Kihnu_vallavalitsus, lk 10
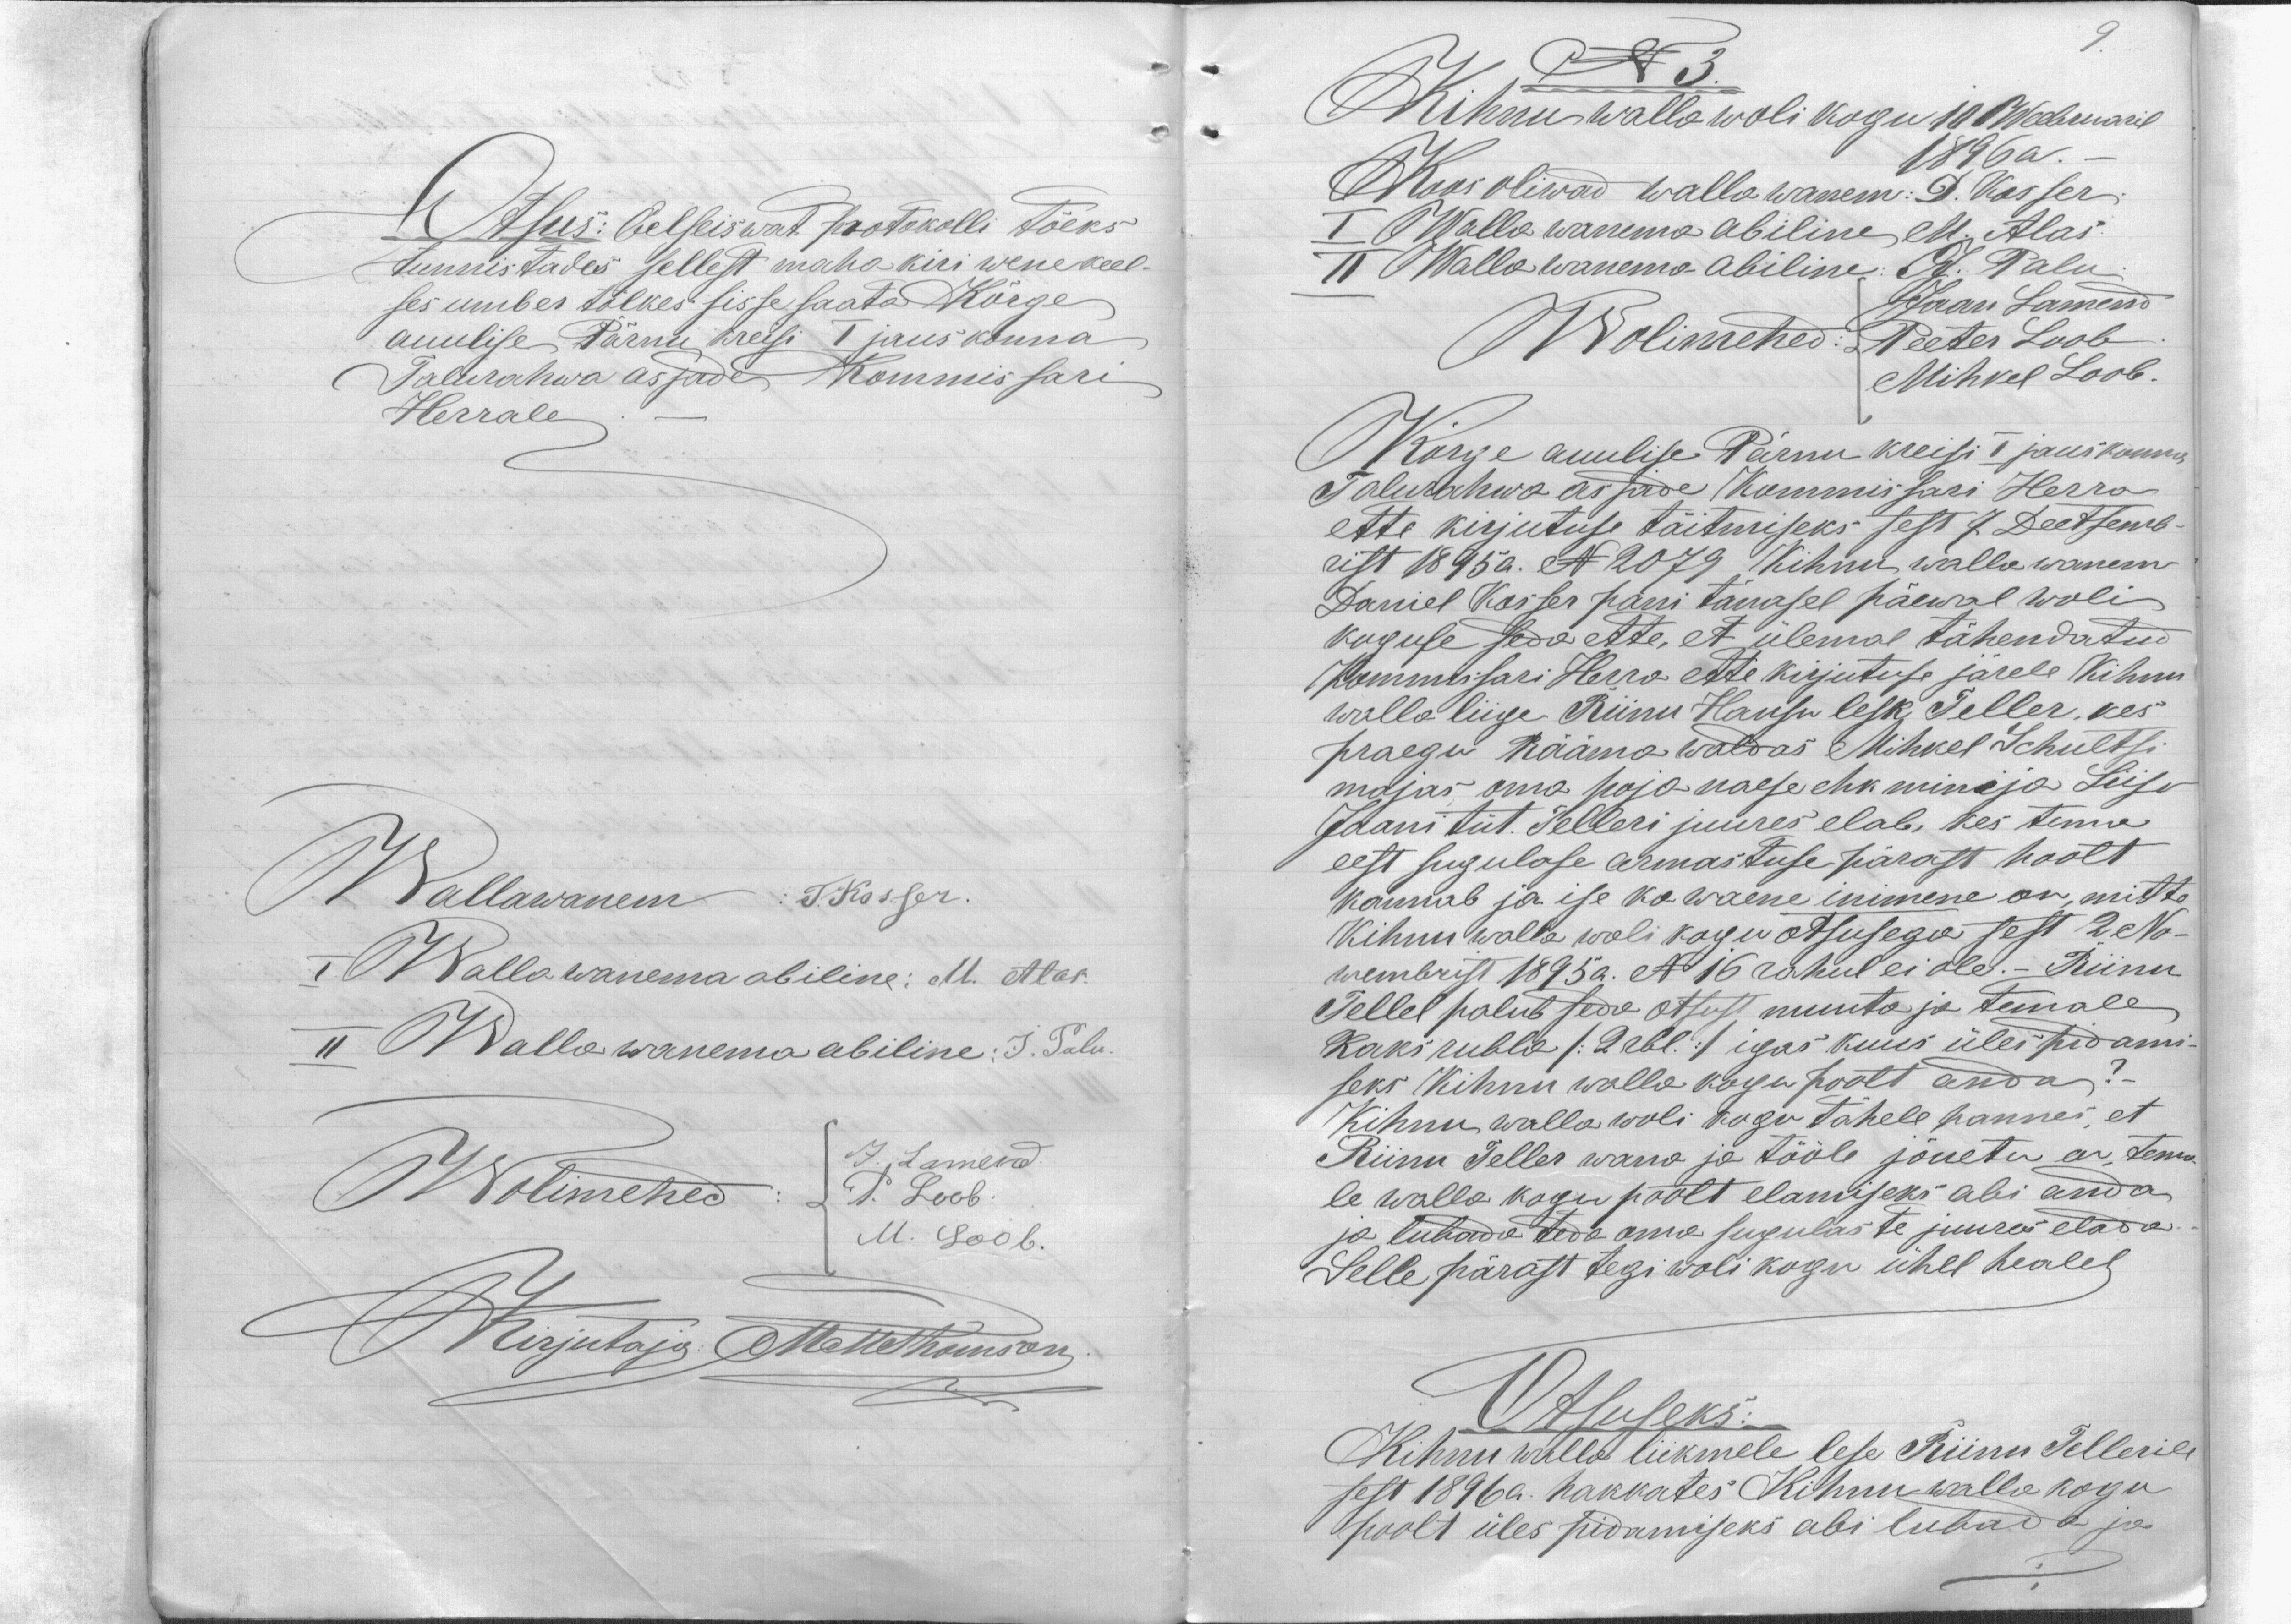
Otsus: Eelseiswat protokolli tõeks
tunnistades sellest maha kiri wenekeel
ses umber tõlkes sisse saata Kõrge
auulise Pärnu kreisi I jauskonna
Talurahwa asjade Kommissari
Herrale

Wallawanem T. Kosser.
I Walla wanema abiline: M. Alas.
II Walla wanema abiline: J. Palu.
Wolimehed:
J. Lamend.
P. Loob.
M. Loob.
Kirjutaja: MatThomson

9.

N 3.
Kihnu walla wolikogu 10 Weebruaril
1896 a.
Koos oliwad walla wanem. D. Kosser
I Walla wanema abiline M. Alas.
II Walla wanema abiline: J. Palu.
Wolimehed: Peeter Loob
Jaan Lamend
Mihkel Loob.
Kõrge auulise Pärnu kreisi I jauskonna
Talurahwa asjade Kommisari Herra
ette kirjutuse täitmiseks sest 7. Deetsemb-
rist 1895a. N 2079 Kihnu wallawanem
Daniel Kosser pani tänasel päewal woli-
koguse seda ette, et ülemal tähendatud
Kommisari Herra ette kirjutuse järele Kihnu
walla liige Riinu Hansu lesk Seller, kes
praegu Rääma waldas Mihkel Schultsi
majas oma poja naese ehk minija Liisu
Jaani tüt. Selleri juures elab, kes tema
eest sugulase armastuse pärast hoolt
kannab ja ise ka waene inimene on, mitte
Kihnu walla woli kogu otsusega sest 2 No-
wembrist 1895a. N 16 rahul ei ole.- Riinu
Sellel palub seda otsust muuta ja temale
Kaks rubla /2 rbl./ igas kuus üles pidami-
seks Kihnu walla kogu poolt anda?-
Kihnu walla wolikogu tähele pannes, et
Riinu Seller wana ja tööle jõuetu on tema-
le walla kogu poolt elamiseks abi anda,
ja lubada teda oma sugulaste juures elada
Selle pärast tegi woli kogu ühel healel
Otsuseks:
Kihnu walla liikmele lese Riinu Sellerile
sest 1896a. hakkates Kihnu walla kogu
poolt üles pidamiseks abi lubada ja